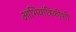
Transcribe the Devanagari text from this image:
आभियांत्रिकीशी